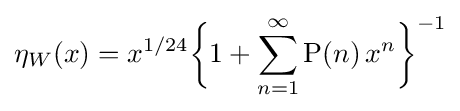
\eta _{W}(x)=x^{1/24}{\biggl \{}1+\sum _{n=1}^{\infty }\mathrm {P} (n)\,x^{n}{\biggr \}}^{-1}